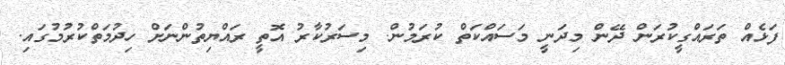
ފަޅެއް ތަރައްގީކުުރަން ދޭން މިދަނީ މަސައްކަތް ކުރަމުން. މިސަރުކާރު އޮތީ ރައްޔިތުންނަށް ހިދުމަތްކުރުމުގައި.